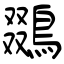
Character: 鵽